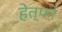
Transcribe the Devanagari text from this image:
हेत्फो